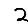
Digit: 2